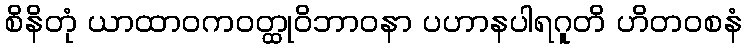
စိနိတုံ ယာထာဝကဝတ္ထုဝိဘာဝနာ ပဟာနပါရဂူတိ ဟိတဝစနံ